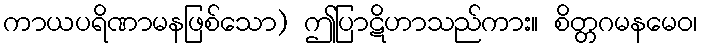
ကာယပရိဏာမနဖြစ်သော) ဤပြာဋိဟာသည်ကား။ စိတ္တဂမနမေဝ၊